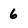
Character: 6